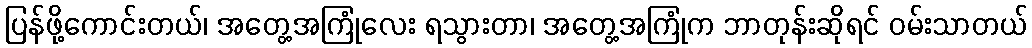
ပြန်ဖို့ကောင်းတယ်၊ အတွေ့အကြုံလေး ရသွားတာ၊ အတွေ့အကြုံက ဘာတုန်းဆိုရင် ဝမ်းသာတယ်